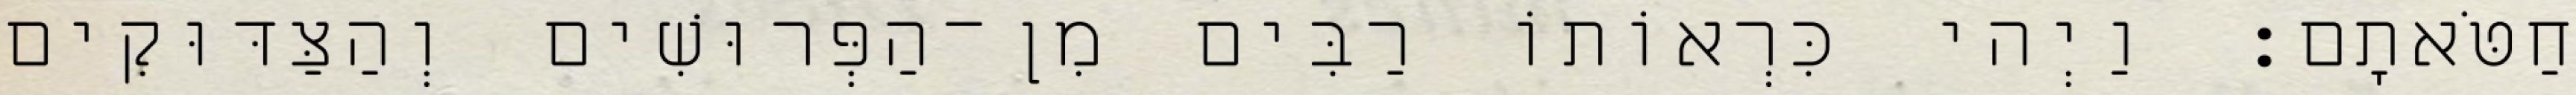
חַטֹּאתָם׃ וַיְהי כִּרְאוֹתוֹ רַבִּים מִן־הַפְּרוּשִׁים וְהַצַּדּוּקִים